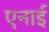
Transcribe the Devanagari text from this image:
एनाई